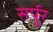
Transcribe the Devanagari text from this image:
सर्पुर